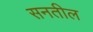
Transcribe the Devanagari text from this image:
सनतील